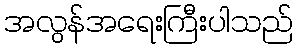
အလွန်အရေးကြီးပါသည်